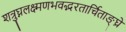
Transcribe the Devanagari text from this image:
शत्रुघ्नलक्ष्मणभवद्भरतार्चिताङ्घ्रे